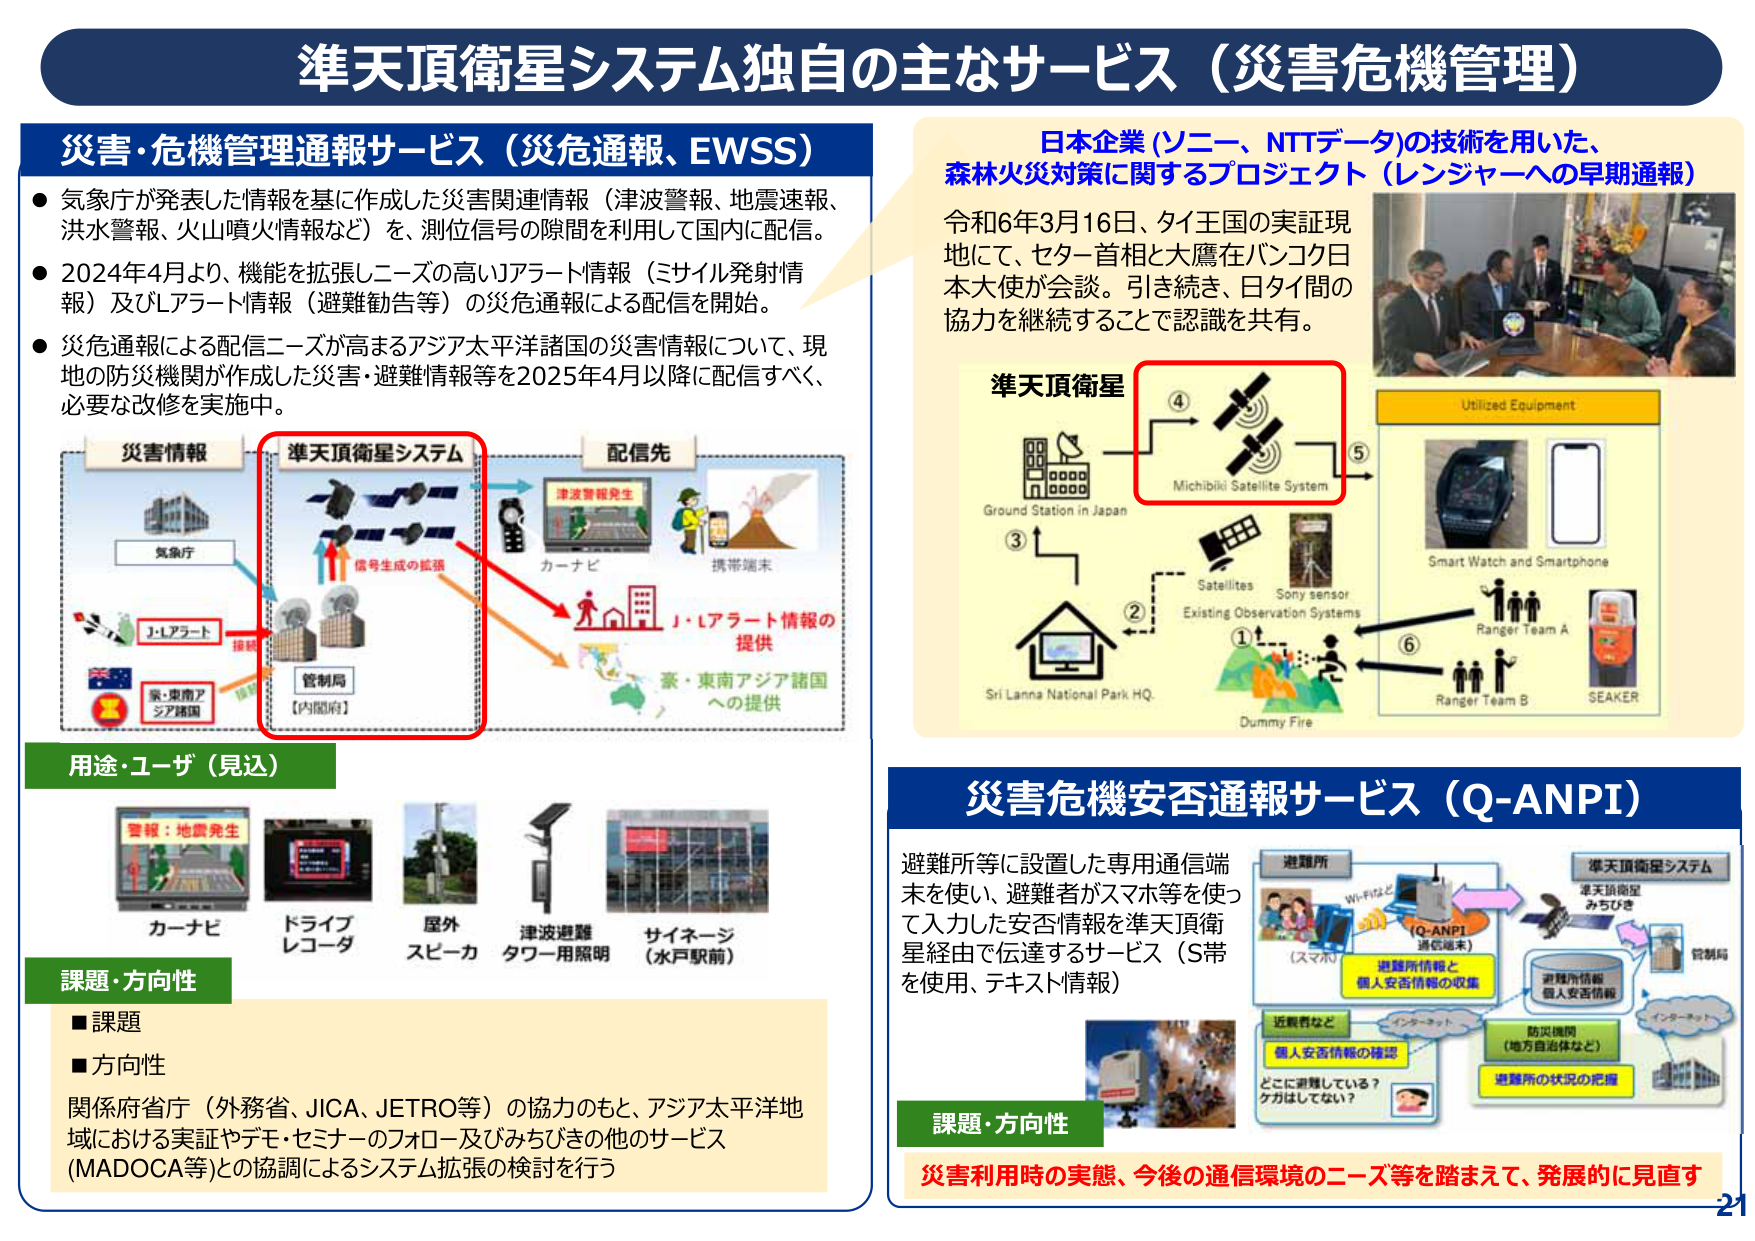
準天頂衛星システム独自の主なサービス（災害危機管理）

災害・危機管理通報サービス（災危通報、EWSS）
● 気象庁が発表した情報を基に作成した災害関連情報（津波警報、地震速報、洪水警報、火山噴火情報など）を、測位信号の隙間を利用して国内に配信。
● 2024年4月より、機能を拡張しニーズの高いJアラート情報（ミサイル発射情報）及びLアラート情報（避難勧告等）の災危通報による配信を開始。
● 災危通報による配信ニーズが高まるアジア太平洋諸国の災害情報について、現地の防災機関が作成した災害・避難情報等を2025年4月以降に配信すべく、必要な改修を実施中。

災害情報
気象庁
J・Lアラート
豪・東南アジア諸国
接続
準天頂衛星システム
信号生成の拡張
管制局
【内閣府】
配信先
津波警報発生
カーナビ
携帯端末
J・Lアラート情報の提供
豪・東南アジア諸国への提供

用途・ユーザー（見込）
警報：地震発生
カーナビ
ドライブレコーダ
屋外スピーカ
津波避難タワー用照明
サイネージ（水戸駅前）

課題・方向性
■課題
■方向性
関係府省庁（外務省、JICA、JETRO等）の協力のもと、アジア太平洋地域における実証やデモ・セミナーのフォロー及びみちびきの他のサービス（MADOCＡ等）との協調によるシステム拡張の検討を行う

日本企業（ソニー、NTTデータ）の技術を用いた、森林火災対策に関するプロジェクト（レンジャーへの早期通報）
令和6年3月16日、タイ王国の実証現地にて、セター首相と大鷹在バンコク日本大使が会談。引き続き、日タイ間の協力を継続することで認識を共有。

準天頂衛星
Ground Station in Japan
Michibiki Satellite System
Satellites
Sony sensor
Existing Observation Systems
Sri Lanna National Park HQ.
Dummy Fire
Utilized Equipment
Smart Watch and Smartphone
Ranger Team A
Ranger Team B
SEAKER

災害危機安否通報サービス（Q-ANPI）
避難所等に設置した専用通信端末を使い、避難者がスマホ等を使って入力した安否情報を準天頂衛星経由で伝達するサービス（S帯を使用、テキスト情報）

進避所
Wi-Fiなど
（スマホ）
Q-ANPI
通信端末
避難所情報と個人安否情報の収集
準天頂衛星システム
準天頂衛星
みちびき
管制局
インターネット
防災機関
（地方自治体など）
避難所の状況の把握
近親者など
インターネット
個人安否情報の確認
どこに避難している？ どうかはしていない？
課題・方向性
災害利用時の実態、今後の通信環境のニーズ等を踏まえて、発展的に見直す

21